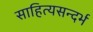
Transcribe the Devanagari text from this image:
साहित्यसन्दर्भ